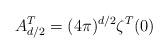
LaTeX: \begin{align*}A^T_{d/2}=(4\pi)^{d/2}\zeta^T(0)\end{align*}